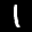
Label: 1